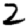
Digit: 2